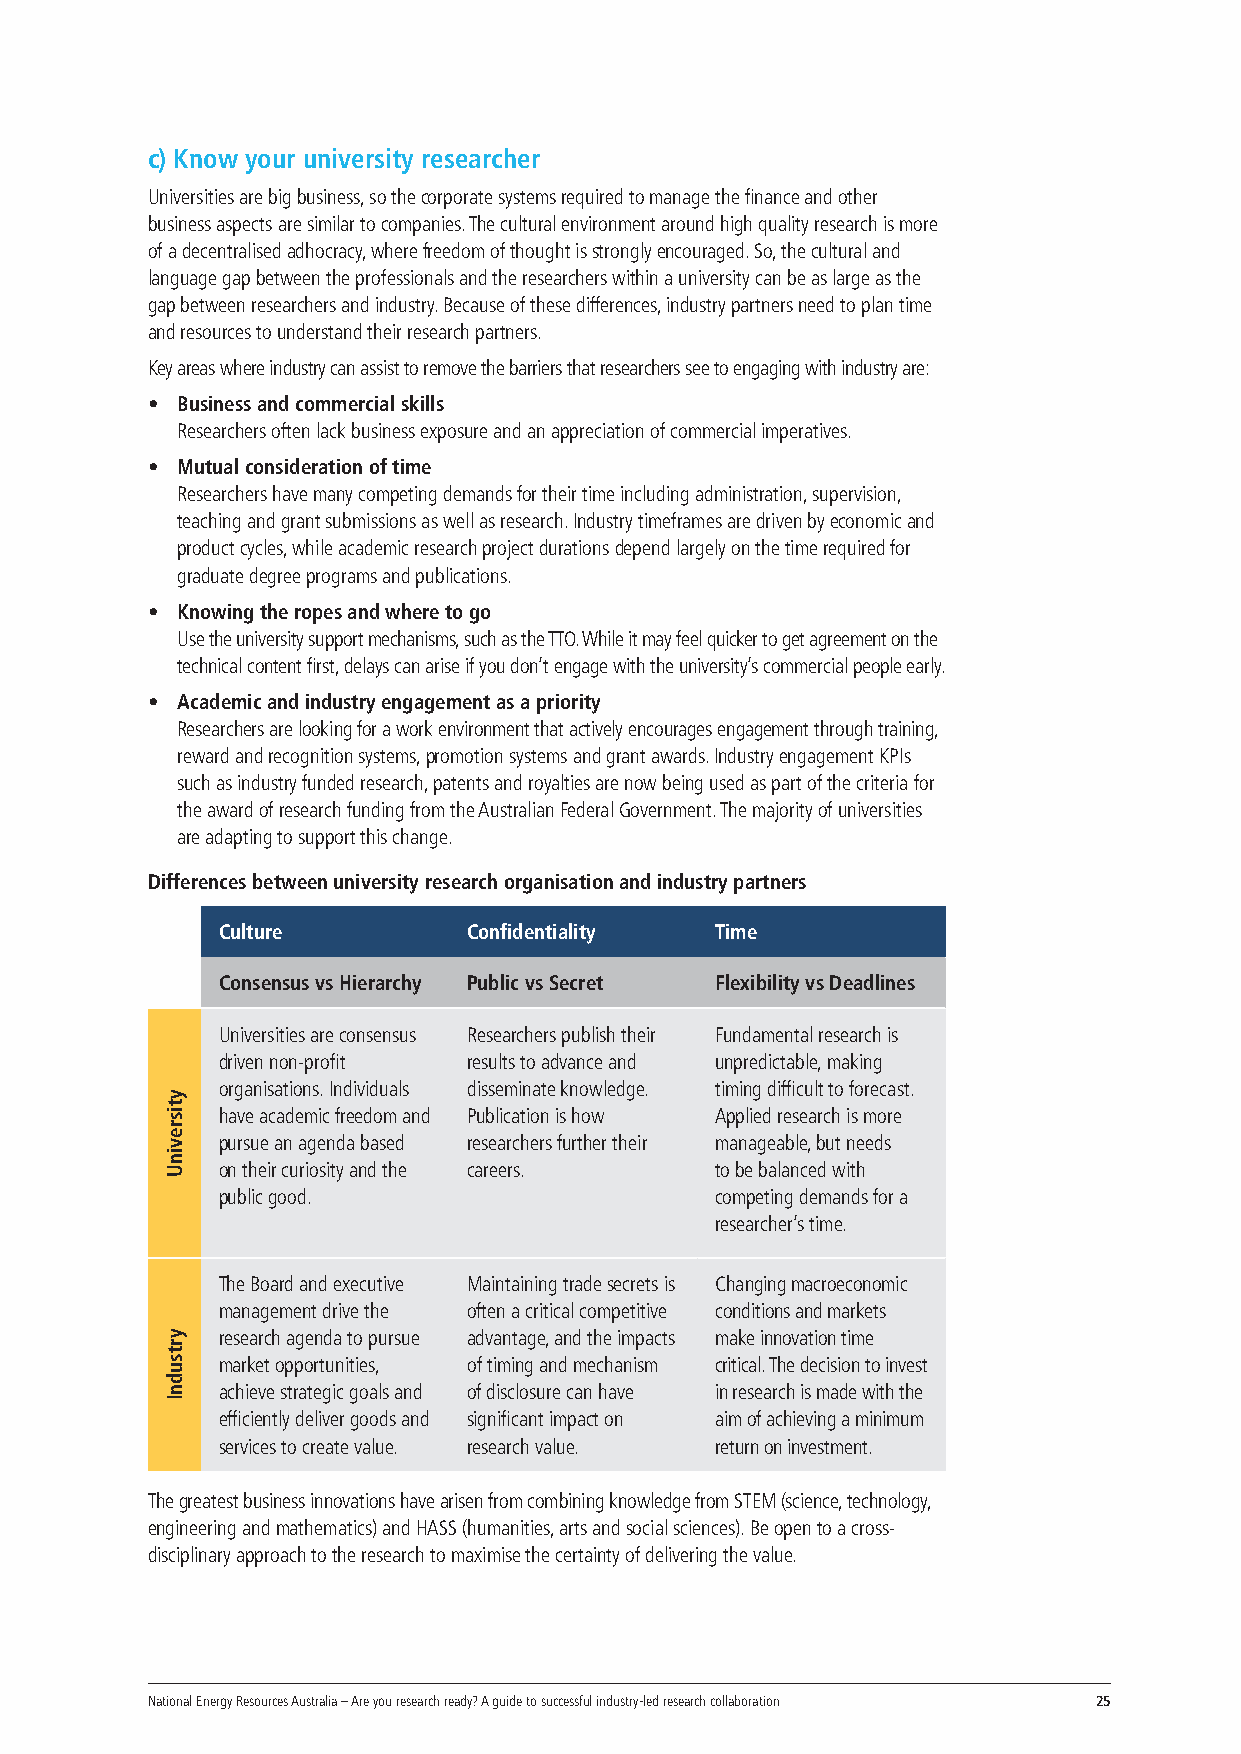
c) Know your university researcher
 Universities are big business, so the corporate systems required to manage the finance and other
 business aspects are similar to companies. The cultural environment around high quality research is more
 of a decentralised adhocracy, where freedom of thought is strongly encouraged. So, the cultural and
 language gap between the professionals and the researchers within a university can be as large as the
 gap between researchers and industry. Because of these differences, industry partners need to plan time
 and resources to understand their research partners.
 Key areas where industry can assist to remove the barriers that researchers see to engaging with industry are:
 • Business and commercial skills
 Researchers often lack business exposure and an appreciation of commercial imperatives.
 • Mutual consideration of time
 Researchers have many competing demands for their time including administration, supervision,
 teaching and grant submissions as well as research. Industry timeframes are driven by economic and
 product cycles, while academic research project durations depend largely on the time required for
 graduate degree programs and publications.
 • Knowing the ropes and where to go
 Use the university support mechanisms, such as the TTO. While it may feel quicker to get agreement on the
 technical content first, delays can arise if you don’t engage with the university’s commercial people early.
 • Academic and industry engagement as a priority
 Researchers are looking for a work environment that actively encourages engagement through training,
 reward and recognition systems, promotion systems and grant awards. Industry engagement KPIs
 such as industry funded research, patents and royalties are now being used as part of the criteria for
 the award of research funding from the Australian Federal Government. The majority of universities
 are adapting to support this change.
 Differences between university research organisation and industry partners
 Culture          Confidentiality Time
 Consensus vs Hierarchy Public vs Secret Flexibility vs Deadlines
 Universities are consensus Researchers publish their Fundamental research is
 driven non-profit results to advance and unpredictable, making
 organisations. Individuals disseminate knowledge. timing difficult to forecast.
 have academic freedom and Publication is how Applied research is more
 pursue an agenda based researchers further their manageable, but needs
 on their curiosity and the careers. to be balanced with
 public good.                     competing demands for a
 researcher’s time.
 The Board and executive Maintaining trade secrets is Changing macroeconomic
 management drive the often a critical competitive conditions and markets
 research agenda to pursue advantage, and the impacts make innovation time
 market opportunities, of timing and mechanism critical. The decision to invest
 achieve strategic goals and of disclosure can have in research is made with the
 efficiently deliver goods and significant impact on aim of achieving a minimum
 services to create value. research value. return on investment.
 The greatest business innovations have arisen from combining knowledge from STEM (science ,technology,
 engineering and mathematics) and HASS (humanities, arts and social sciences). Be open to a cross-
 disciplinary approach to the research to maximise the certainty of delivering the value.
 National Energy Resources Australia – Are you research ready? A guide to successful industry-led research collaboration 25
 ytisrevinU
 yrtsudnI